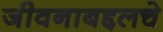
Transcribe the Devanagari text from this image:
जीवनाबद्दलचे